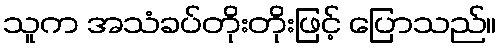
သူက အသံခပ်တိုးတိုးဖြင့် ပြောသည်။